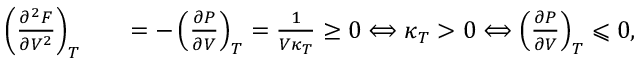
\begin{array} { r l r } { \left( \frac { \partial ^ { 2 } F } { \partial V ^ { 2 } } \right) _ { T } } & { { } } & { = - \left( \frac { \partial P } { \partial V } \right) _ { T } = \frac { 1 } { V \kappa _ { T } } \geq 0 \Longleftrightarrow \kappa _ { T } > 0 \Longleftrightarrow \left( \frac { \partial P } { \partial V } \right) _ { T } \leqslant 0 , } \end{array}